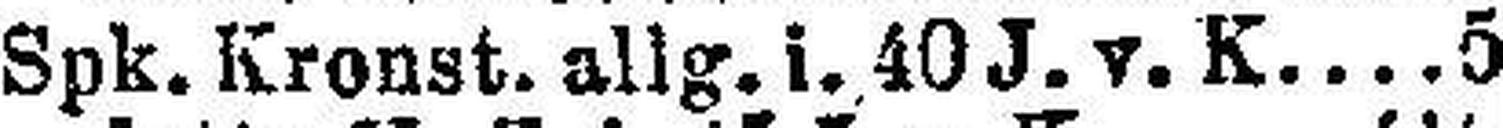
Spk. Kronst. allg. i. 40 J. v. K 5